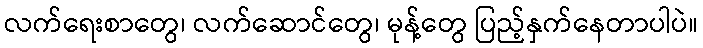
လက်ရေးစာတွေ၊ လက်ဆောင်တွေ၊ မုန့်တွေ ပြည့်နှက်နေတာပါပဲ။